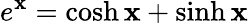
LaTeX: e^{\mathbf{x}}=\cosh\mathbf{x}+\sinh\mathbf{x}